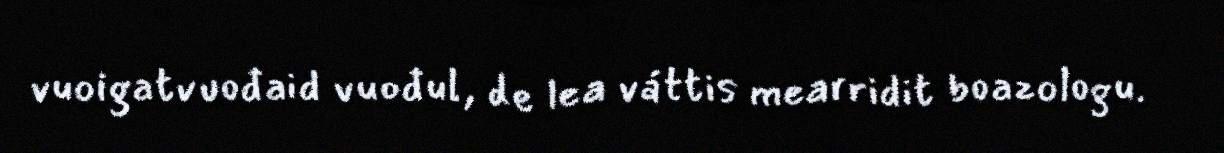
vuoigatvuođaid vuođul, de lea váttis mearridit boazologu.